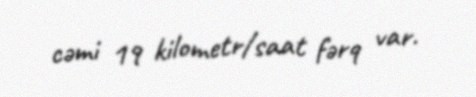
cəmi 19 kilometr/saat fərq var.